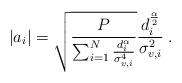
LaTeX: \begin{align*}|a_i|=\sqrt{\frac{P}{\sum_{i=1}^N\frac{d_i^{\alpha}}{\sigma_{v,i}^4}}}\frac{d_i^\frac{\alpha}{2}}{\sigma_{v,i}^2}\;.\end{align*}